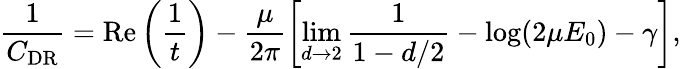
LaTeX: \frac{1}{C_{\mathrm{DR}}}=\mathrm{Re}\left(\frac{1}{t}\right)-\frac{\mu}{2\pi}\left[\operatorname*{lim}_{d\rightarrow 2}\frac{1}{1-d/2}-\log(2\mu E_{0})-\gamma\right],